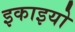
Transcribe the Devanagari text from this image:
इकाइयो